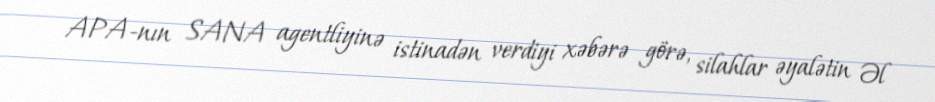
APA-nın SANA agentliyinə istinadən verdiyi xəbərə görə, silahlar əyalətin Əl